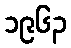
၁၉၆၃